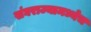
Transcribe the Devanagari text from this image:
संघराज्यामध्येच